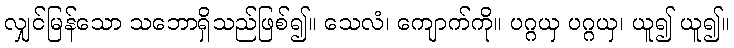
လျှင်မြန်သော သဘောရှိသည်ဖြစ်၍။ သေလံ၊ ကျောက်ကို။ ပဂ္ဂယှ ပဂ္ဂယှ၊ ယူ၍ ယူ၍။